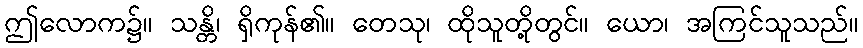
ဤလောက၌။ သန္တိ၊ ရှိကုန်၏။ တေသု၊ ထိုသူတို့တွင်။ ယော၊ အကြင်သူသည်။